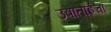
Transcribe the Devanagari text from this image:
उषाताईचा